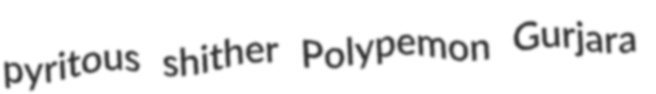
pyritous shither Polypemon Gurjara